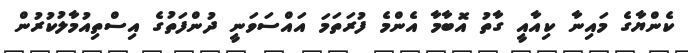
ކެންޔާގެ މައިނާ ކިއާއީ ގާތު އޮބާމާ އެންމެ ފުރަތަމަ އައްސަވަނީ ދުންފަތުގެ އިސްތިއުމާލުކުރުން